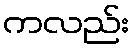
ကလည်း